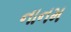
નાનમ